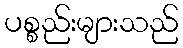
ပစ္စည်းများသည်